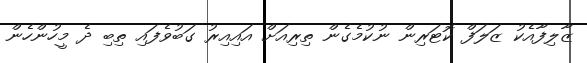
ޒާލިފާއެކު ޒަލަފް ކޮޓަރިން ނުކުމެގެން ތިރިއަށް އައިއިރު ގަބުވެފައި ތިބި ދެ މީހުންހެން